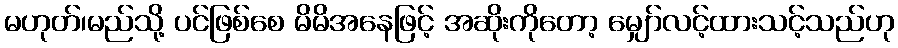
မဟုတ်၊မည်သို့ ပင်ဖြစ်စေ မိမိအနေဖြင့် အဆိုးကိုတော့ မျှော်လင့်ထားသင့်သည်ဟု